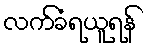
လက်ခံရယူရန်